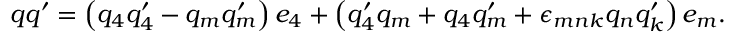
q q ^ { \prime } = \left( q _ { 4 } q _ { 4 } ^ { \prime } - q _ { m } q _ { m } ^ { \prime } \right) e _ { 4 } + \left( q _ { 4 } ^ { \prime } q _ { m } + q _ { 4 } q _ { m } ^ { \prime } + \epsilon _ { m n k } q _ { n } q _ { k } ^ { \prime } \right) e _ { m } .